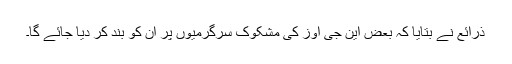
ذرائع نے بتایا کہ بعض این جی اوز کی مشکوک سرگرمیوں پر ان کو بند کر دیا جائے گا۔